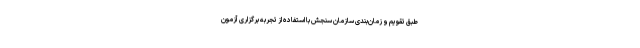
طبق تقویم و زمان‌بندی سازمان سنجش با استفاده از تجربه برگزاری آزمون